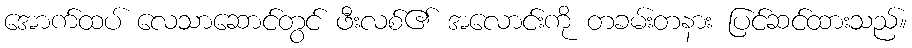
အောက်ထပ် လေသာဆောင်တွင် ဖီးလစ်၏ အလောင်းကို တခမ်းတနား ပြင်ဆင်ထားသည်။